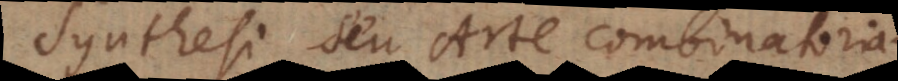
Synthesi seu Arte combinatoria.